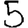
Digit: 5